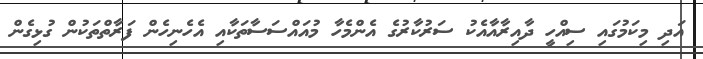
އަދި މިކަމުގައި ސިއްހީ ދާއިރާއާއެކު ސަރުކާރުގެ އެންމެހާ މުއައްސަސާތަކާއި އެހެނިހެން ފަރާތްތަކުން ގުޅިގެން